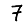
Digit: 7